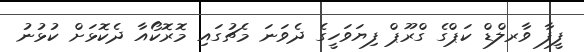
ފީފާ ވާރލްޑް ކަޕްގެ ގްރޫޕް ފިޔަވަހީގެ ދެވަނަ މެޗުގައި މޮރޮކޯއާ ދެކޮޅަށް ކުޅުނު